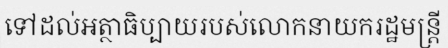
ទៅដល់អត្ថាធិប្បាយរបស់លោកនាយករដ្ឋមន្ត្រី